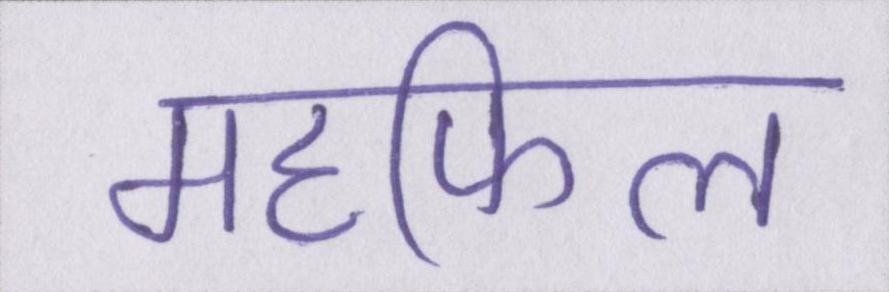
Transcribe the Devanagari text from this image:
महफिल